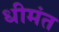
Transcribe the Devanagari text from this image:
धीमंत